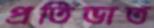
প্রতিভাত